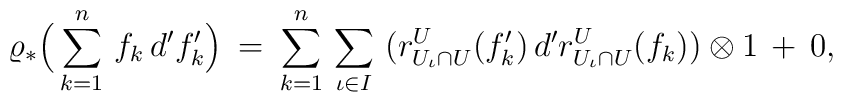
\varrho_* \Big( \sum \limits_{k = 1}^{n} \, f_k \, d' f'_k \Big) \: = \: \sum \limits_{k = 1}^{n} \, \sum \limits_{\iota \in I} \, \big( r_{U_{\iota} \cap U}^U (f'_k) \, d'  r_{U_{\iota} \cap U}^U (f_k) \big) \otimes 1 \, + \, 0,